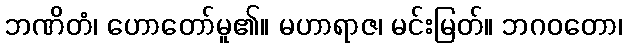
ဘဏိတံ၊ ဟောတော်မူ၏။ မဟာရာဇ၊ မင်းမြတ်။ ဘဂဝတော၊